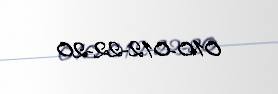
010-012-22-20